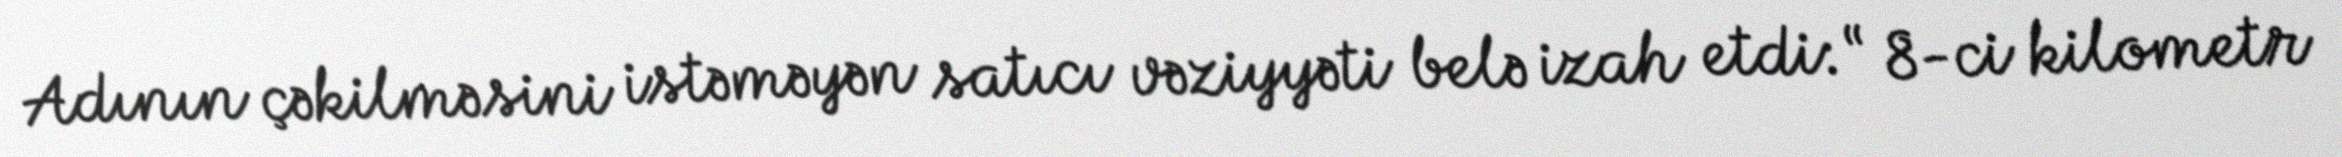
Adının çəkilməsini istəməyən satıcı vəziyyəti belə izah etdi: “ 8-ci kilometr